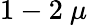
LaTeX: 1-2~\mu